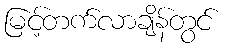
မြင့်တက်လာချိန်တွင်